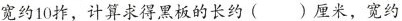
宽约10柞，计算求得黑板的长约( )厘米，宽约